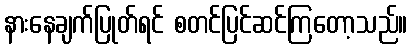
နားနေချက်ပြုတ်ရင် စတင်ပြင်ဆင်ကြတော့သည်။